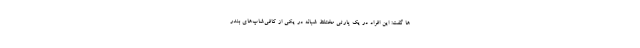
ها گفت: این افراد در یک پارتی مختلط شبانه در یکی از کافی‌شاپ‌های بندر